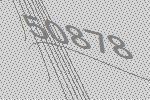
50878